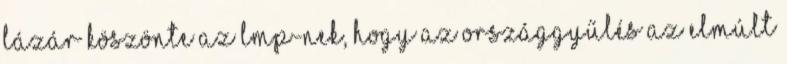
Lázár köszönte az LMP-nek, hogy az országgyűlés az elmúlt